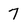
Character: 7